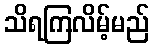
သိရကြလိမ့်မည်